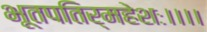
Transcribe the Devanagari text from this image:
भूतपतिर्महेशः।।।।